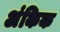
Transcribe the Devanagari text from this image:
अंकिक